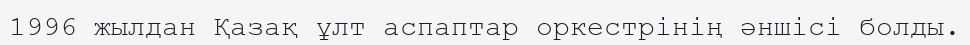
1996 жылдан Қазақ ұлт аспаптар оркестрінің әншісі болды.